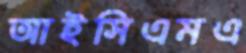
আইসিএমএ